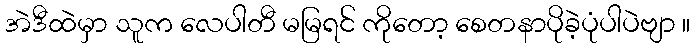
အဲဒီထဲမှာ သူက လေပါတီ မမြရင် ကိုတော့ စေတနာပိုခဲ့ပုံပါပဲဗျာ ။